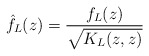
\begin{align*} \hat f_L(z)=\frac{f_L(z)}{\sqrt{K_L(z,z)}}\end{align*}